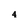
Character: 4